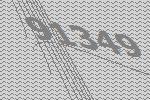
91349